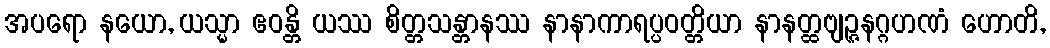
အပရော နယော, ယသ္မာ ဧဝန္တိ ယဿ စိတ္တသန္တာနဿ နာနာကာရပ္ပဝတ္တိယာ နာနတ္ထဗျဉ္ဇနဂ္ဂဟဏံ ဟောတိ,